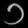
Digit: ၁